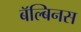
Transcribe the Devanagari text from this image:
बॅल्बिनस